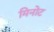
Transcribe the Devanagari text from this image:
मिनोट